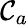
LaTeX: \mathcal{C}_{a}